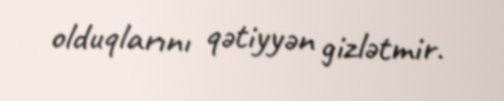
olduqlarını qətiyyən gizlətmir.